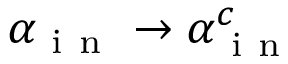
\alpha _ { \mathrm { ~ i ~ n ~ } } \to \alpha _ { \mathrm { ~ i ~ n ~ } } ^ { c }